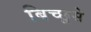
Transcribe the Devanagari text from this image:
बिच्छूसे